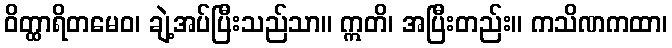
ဝိတ္ထာရိတမေဝ၊ ချဲ့အပ်ပြီးသည်သာ။ ဣတိ၊ အပြီးတည်း။ ကသိဏကထာ၊